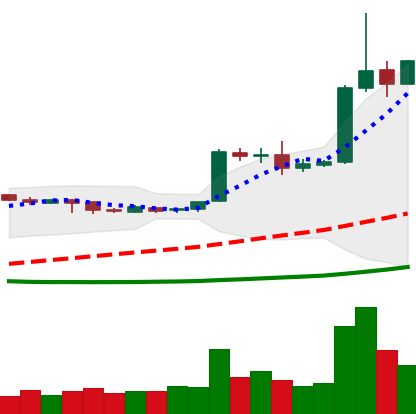
Ticker: EOS-USD
Chart end date: 2019-04-05
Forward return: 9.353%
Label: up_7plus